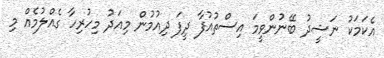
އެކަމަކު ނަޝީދު ބޭނުންވީމަ އިސްތުއުފާ ދީފަ ދިއުމުން މިއަދު މިހުރިހާ ގެއްލުމެއް މި